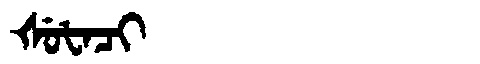
Manchu: ᡧᡠᡶᠠᠴᡳ
Romanization: ŠUFACI